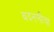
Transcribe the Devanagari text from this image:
बदनलीचा